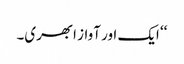
‘‘ ایک اور آواز ابھری۔